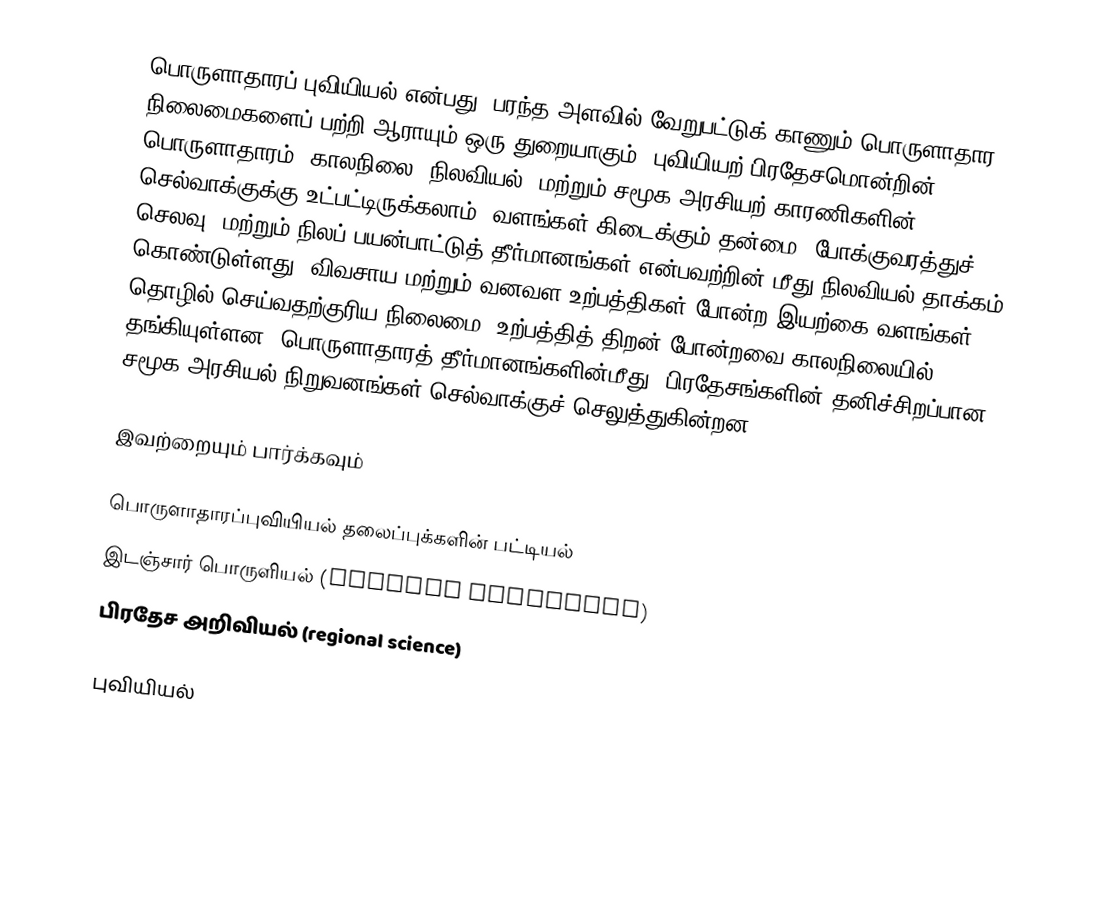
பொருளாதாரப் புவியியல் என்பது, பரந்த அளவில் வேறுபட்டுக் காணும் பொருளாதார நிலைமைகளைப் பற்றி ஆராயும் ஒரு துறையாகும். புவியியற் பிரதேசமொன்றின் பொருளாதாரம், காலநிலை, நிலவியல், மற்றும் சமூக அரசியற் காரணிகளின் செல்வாக்குக்கு உட்பட்டிருக்கலாம். வளங்கள் கிடைக்கும் தன்மை, போக்குவரத்துச் செலவு, மற்றும் நிலப் பயன்பாட்டுத் தீர்மானங்கள் என்பவற்றின் மீது நிலவியல் தாக்கம் கொண்டுள்ளது. விவசாய மற்றும் வனவள உற்பத்திகள் போன்ற இயற்கை வளங்கள், தொழில் செய்வதற்குரிய நிலைமை, உற்பத்தித் திறன் போன்றவை காலநிலையில் தங்கியுள்ளன. பொருளாதாரத் தீர்மானங்களின்மீது, பிரதேசங்களின் தனிச்சிறப்பான சமூக-அரசியல் நிறுவனங்கள் செல்வாக்குச் செலுத்துகின்றன.

இவற்றையும் பார்க்கவும்

 பொருளாதாரப்புவியியல் தலைப்புக்களின் பட்டியல்
 இடஞ்சார் பொருளியல் (spatial economics)
 பிரதேச அறிவியல் (regional science)

புவியியல்